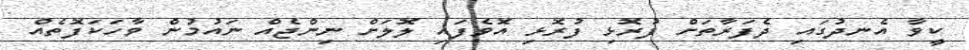
ކީވާ އެނދުގައި ދެފަރާތަށް ފުރޮޅި ފުރޮޅި އޮވެފައި ލޮލަށް ނިންޖެއް ނައުމުން ވާހަކަފޮތެއް